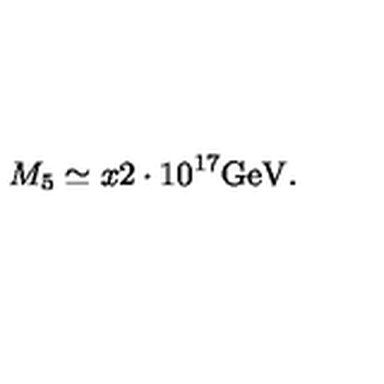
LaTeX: M _ { 5 } \simeq x 2 \cdot 1 0 ^ { 1 7 } \mathrm { G e V } .